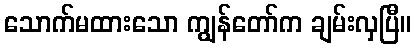
သောက်မထားသော ကျွန်တော်က ချမ်းလှပြီ။